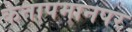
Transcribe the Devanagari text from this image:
केतापमानपर